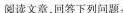
阅读文章，回答下列问题：